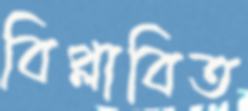
বিপ্লাবিত